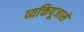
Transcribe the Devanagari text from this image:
व्यक्तिपूजासे